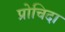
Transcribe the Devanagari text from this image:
प्रोचिदा